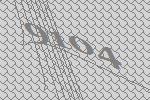
9104